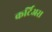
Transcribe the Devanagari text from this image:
कर्टिअस